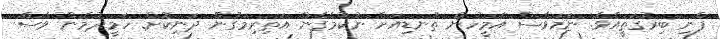
ފެނި ބިރުގަތީއެވެ. ނަމަވެސް އެމީހުން ތުނޑިއަށް ނުކުމެގެން އަތިރިމަގުން ދަނިކޮށް